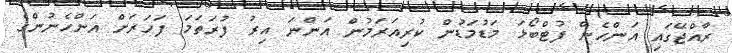
ރާއްޖޭގައި އަންހެން ފުޓްބޯޅަ މަޑުމަޑުން ކުރިއަރަމުން އަންނަ އިރު ފުރަތަމަ ފަހަރަށް އަންހެނުންގެ